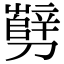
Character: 㔎